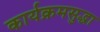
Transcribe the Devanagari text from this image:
कार्यक्रमसुद्धा